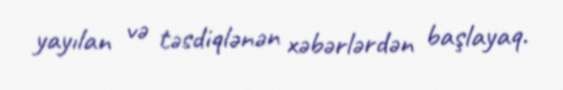
yayılan və təsdiqlənən xəbərlərdən başlayaq.